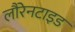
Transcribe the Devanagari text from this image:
लौरेनटाइड